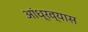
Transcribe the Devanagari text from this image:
आंध्रव्यास